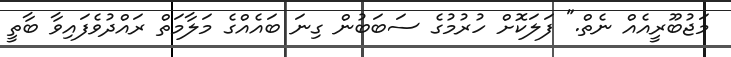
މަޖުބޫރީއެއް ނެތް." ފަލަކޮށް ހުރުމުގެ ސަބަބުން ގިނަ ބައެއްގެ މަލާމަތް ރައްދުވެފައިވާ ބާތީ